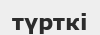
түрткі